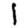
Digit: 1